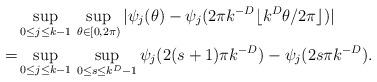
LaTeX: \begin{align*} & \sup_{0 \leq j \leq k-1} \, \sup_{\theta \in [0, 2 \pi)} |\psi_{j}(\theta) - \psi_{j} ( 2 \pi k^{-D} \lfloor k^D \theta/ 2 \pi \rfloor ) |\\= & \sup_{0 \leq j \leq k-1} \, \sup_{0 \leq s \leq k^D - 1}\psi_j (2 (s+1)\pi k^{-D}) - \psi_j (2 s \pi k^{-D}).\end{align*}